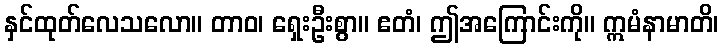
နှင်ထုတ်လေသလော။ တာဝ၊ ရှေးဦးစွာ။ ဧတံ၊ ဤအကြောင်းကို။ ဣမံနာမာတိ၊